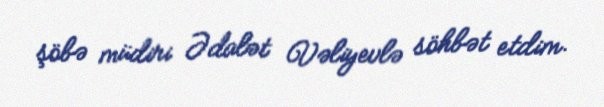
şöbə müdiri Ədalət Vəliyevlə söhbət etdim.